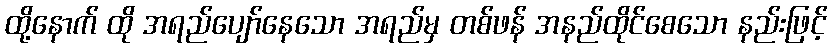
ထို့နောက် ထို အရည်ပျော်နေသော အရည်မှ တစ်ဖန် အနည်ထိုင်စေသော နည်းဖြင့်